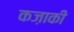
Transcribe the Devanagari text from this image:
कज़ाकी